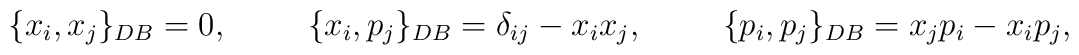
\{x_i, x_j\}_{DB} = 0, \hskip 1.0cm \{x_i, p_j\}_{DB} = \delta_{ij} - x_ix_j,\hskip 1.0cm \{p_i, p_j\}_{DB} = x_jp_i - x_ip_j,